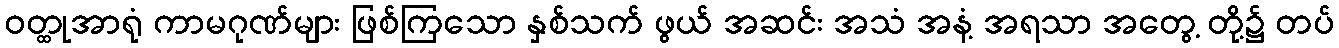
ဝတ္ထုအာရုံ ကာမဂုဏ်များ ဖြစ်ကြသော နှစ်သက် ဖွယ် အဆင်း အသံ အနံ့ အရသာ အတွေ့ တို့၌ တပ်